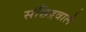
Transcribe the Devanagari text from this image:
संछिद्रवाले